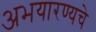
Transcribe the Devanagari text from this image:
अभयारण्यचे